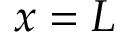
x = L